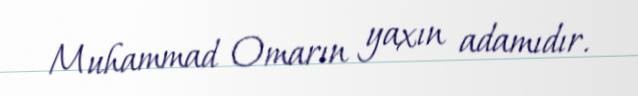
Muhammad Omarın yaxın adamıdır.